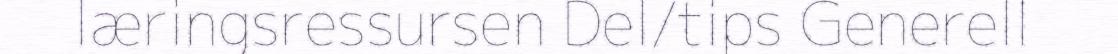
læringsressursen Del/tips Generell